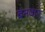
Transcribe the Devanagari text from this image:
बनवार